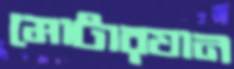
মোটারযান